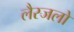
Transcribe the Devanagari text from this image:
लैस्जलो